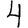
Digit: 4